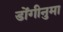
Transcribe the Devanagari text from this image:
डोंगीनुमा